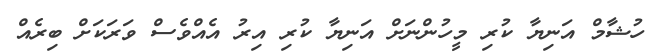
ހުޝާމް އަނިޔާ ކުރި މީހުންނަށް އަނިޔާ ކުރި އިރު އެއްވެސް ވަރަކަށް ބިރެއް